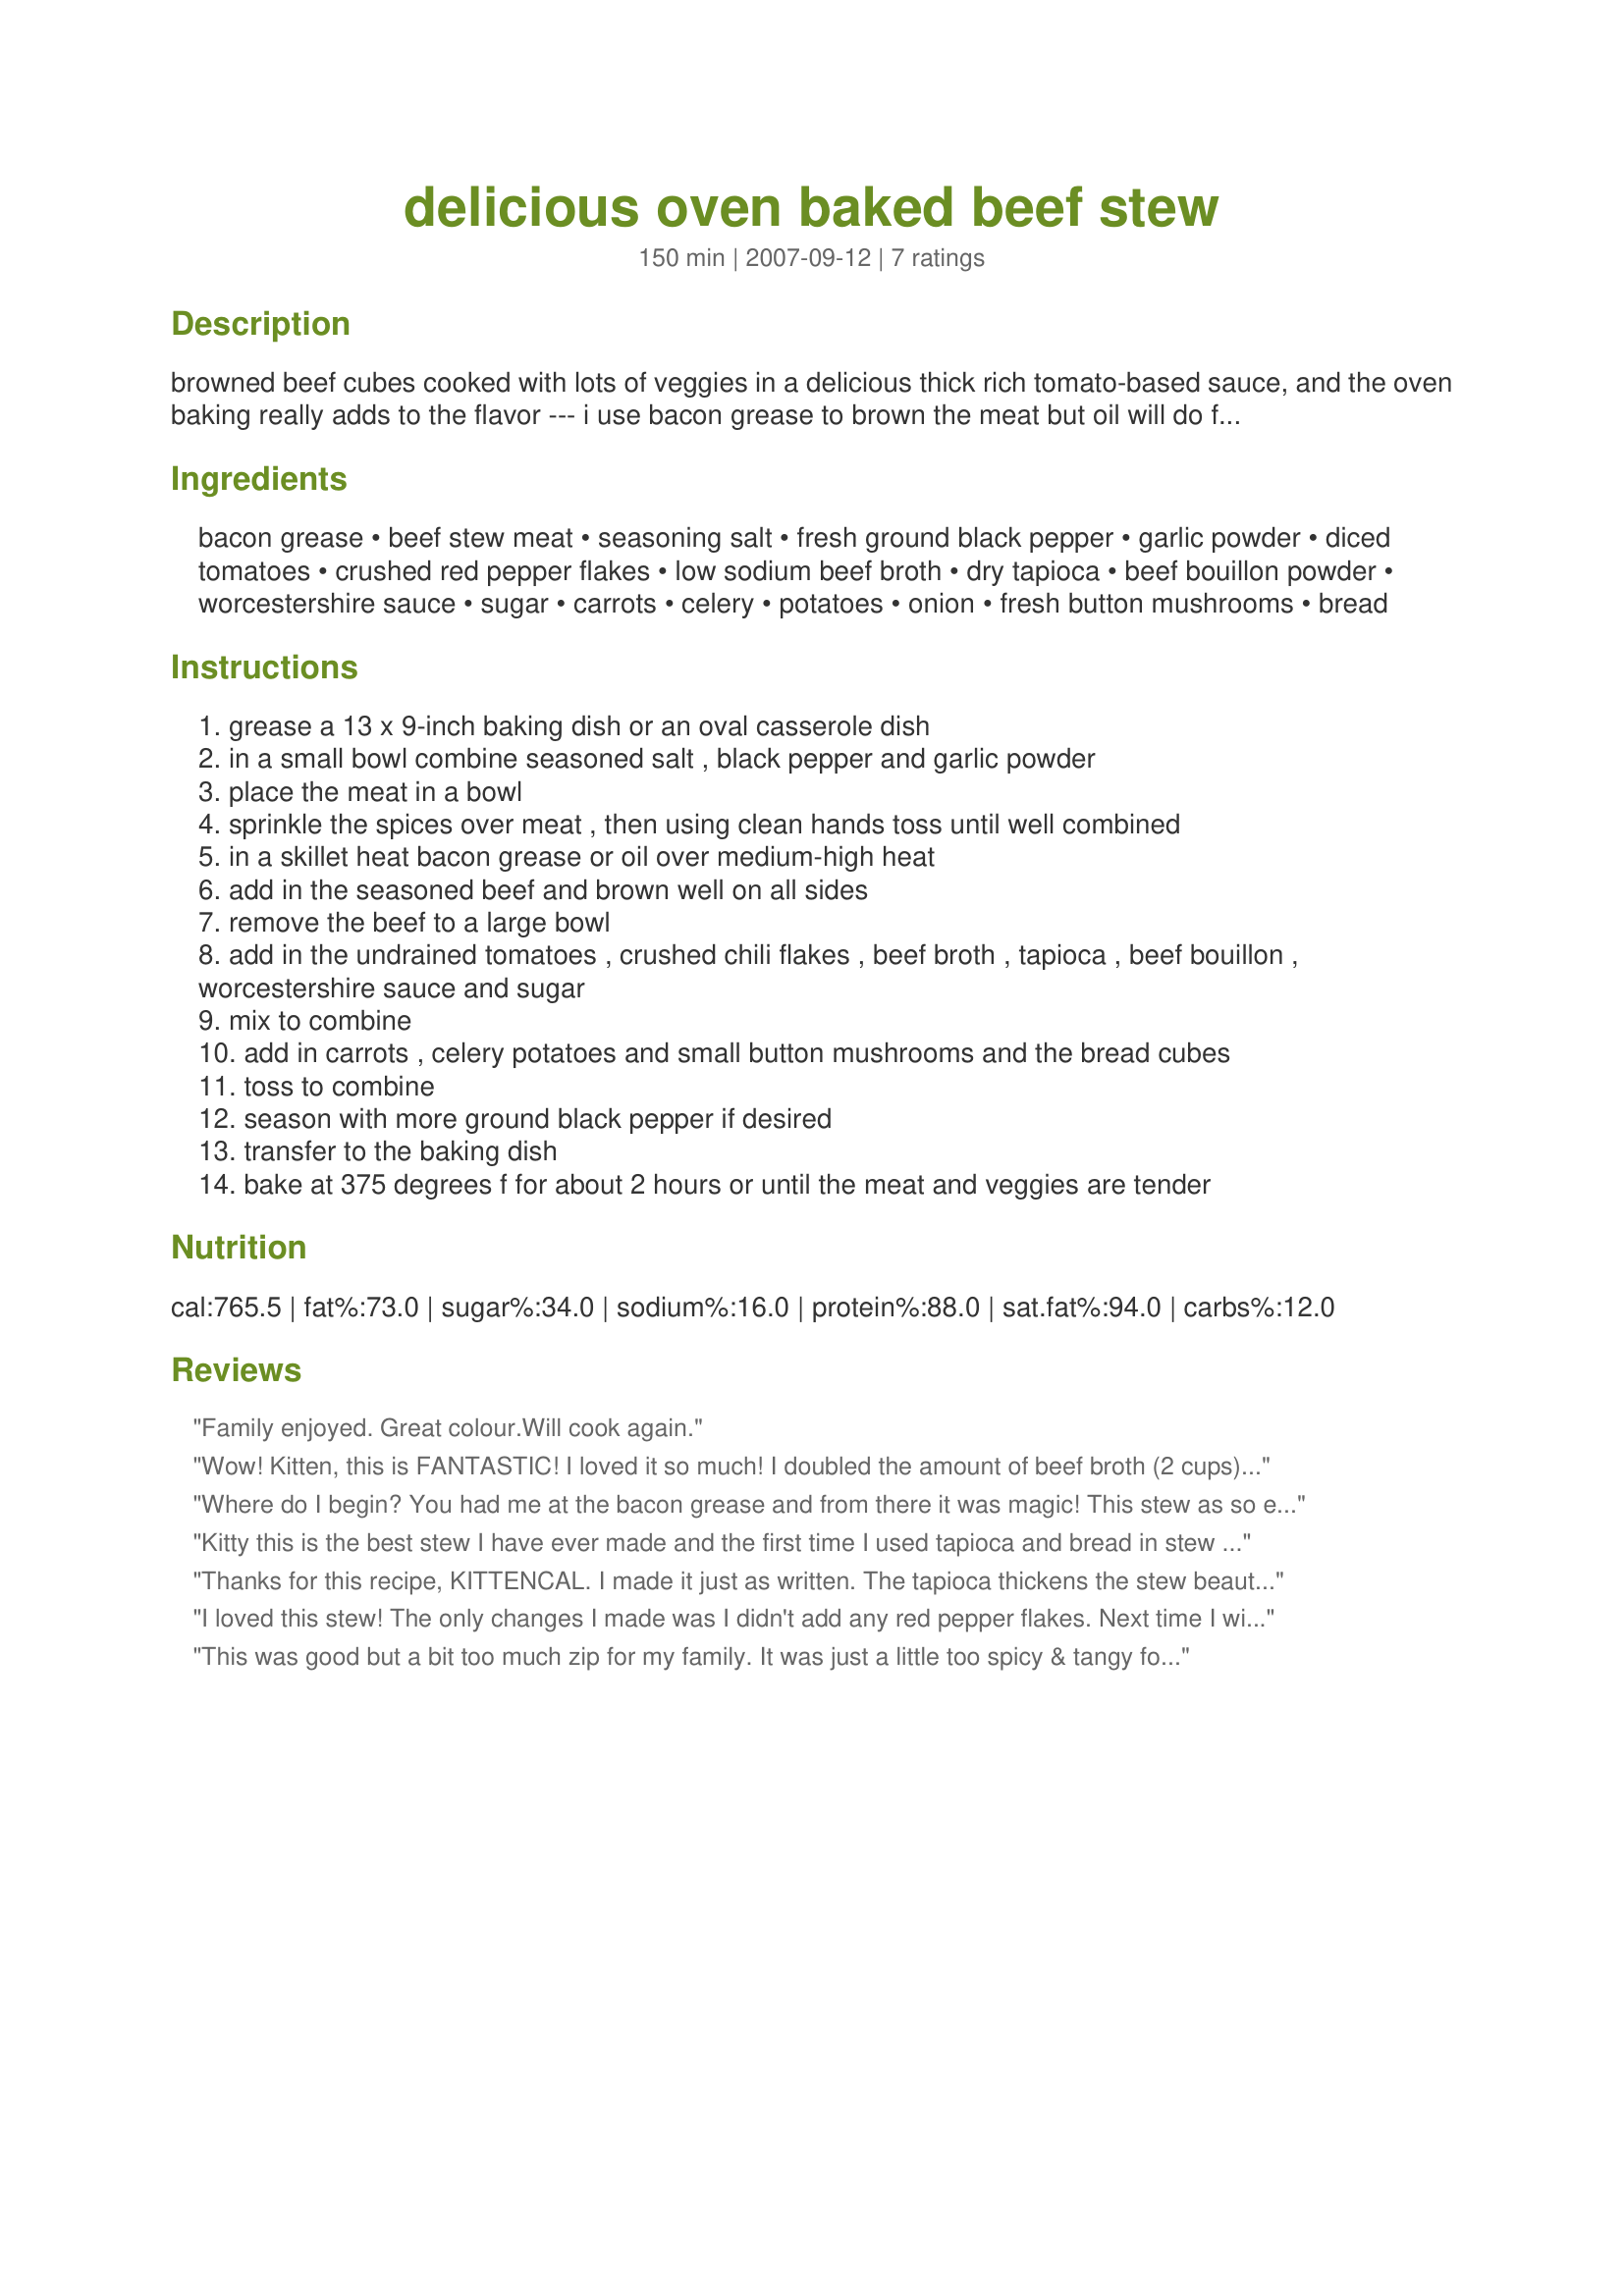
delicious oven baked beef stew
Preparation time: 150 minutes

browned beef cubes cooked with lots of veggies in a delicious thick rich tomato-based sauce, and the oven baking really adds to the flavor --- i use bacon grease to brown the meat but oil will do fine, serve this with cooked noodles and/or with a crusty loaf of bread, to serve as a thick hearty soup add in a little more broth --- this is *very* good! :)

Ingredients:
bacon grease, beef stew meat, seasoning salt, fresh ground black pepper, garlic powder, diced tomatoes, crushed red pepper flakes, low sodium beef broth, dry tapioca, beef bouillon powder, worcestershire sauce, sugar, carrots, celery, potatoes, onion, fresh button mushrooms, bread

Steps:
grease a 13 x 9-inch baking dish or an oval casserole dish
in a small bowl combine seasoned salt , black pepper and garlic powder
place the meat in a bowl
sprinkle the spices over meat , then using clean hands toss until well combined
in a skillet heat bacon grease or oil over medium-high heat
add in the seasoned beef and brown well on all sides
remove the beef to a large bowl
add in the undrained tomatoes , crushed chili flakes , beef broth , tapioca , beef bouillon , worcestershire sauce and sugar
mix to combine
add in carrots , celery potatoes and small button mushrooms and the bread cubes
toss to combine
season with more ground black pepper if desired
transfer to the baking dish
bake at 375 degrees f for about 2 hours or until the meat and veggies are tender

Reviews:
Family enjoyed. Great colour.Will cook again.
Wow! Kitten, this is FANTASTIC! I loved it so much! I doubled the amount of beef broth (2 cups) because I didn't want leftovers from the can, and because I knew most of it would be reheated and it would help it to not dry out. This is definitely a recipe that I will make again and again. (And I'm giving it to my mom too!) Thank you so much for all of your great recipes!
Where do I begin? You had me at the bacon grease and from there it was magic! This stew as so easy to prepare. As I browned the beef, my daughter prepared all of the veggies - then it was in the oven and let me tell you, the aroma coming from my kitchen was mouth-watering! 

We served this with crescent rolls and it was the perfect meal on a cold winter night. Thanks for another fantastic recipe!
Kitty this is the best stew I have ever made and the first time I used tapioca and bread in stew but won't be the last it did a wonderful job thickening the stew, thankyou Kitty for yet another #1 recipe!
Thanks for this recipe, KITTENCAL. I made it just as written. The tapioca thickens the stew beautifully, and I guess that is what the broken bread is for as well. I made the stew one night and put it in the fridge. It was wonderful to come home and have dinner all ready the next night. I did add a little water to it when I heated it up to thin it a little. My family and I agree with you that this is "VERY GOOD". I'll be glad to come back to this recipe over the coming cold winter. THX>
I loved this stew! The only changes I made was I didn't add any red pepper flakes. Next time I will add less black pepper for coating the meat, my kiddos said it was spicy. Great recipe that will be made again, Thanks for posting Kitten!
This was good but a bit too much zip for my family. It was just a little too spicy & tangy for our taste. Thanks for sharing.
